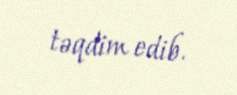
təqdim edib.